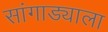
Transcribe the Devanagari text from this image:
सांगाड्याला